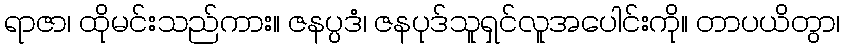
ရာဇာ၊ ထိုမင်းသည်ကား။ ဇနပ္ပဒံ၊ ဇနပုဒ်သူရှင်လူအပေါင်းကို။ တာပယိတွာ၊